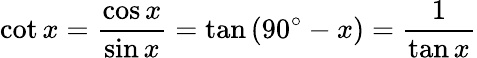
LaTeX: \cot x={\frac{\cos x}{\sin x}}=\tan\left(90^{\circ}-x\right)={\frac{1}{\tan x}}